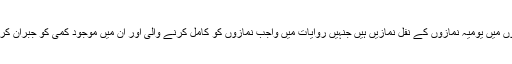
اہم ترین مستحب نمازوں میں یومیہ نمازوں کے نفل نمازیں ہیں جنہیں روایات میں واجب نمازوں کو کامل کرنے والی اور ان میں موجود کمی کو جبران کرنے والی قرار دیا ہے۔